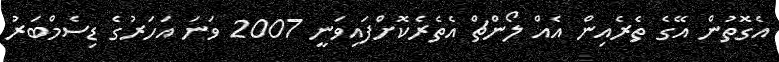
އެގޮތުން އޭގެ ތެރެއިން އެއް ލޯންޗް އެތެރެކޮށްފައިވަނީ 2007 ވަނަ އަހަރުގެ ޑިސެމްބަރު